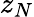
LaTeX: z_{N}